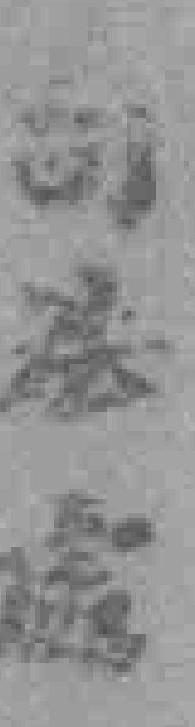
司法處